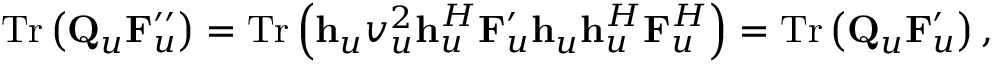
\begin{array} { r } { \mathrm { T r } \left( { \mathbf { Q } } _ { u } { \mathbf { F } } _ { u } ^ { \prime \prime } \right) = \mathrm { T r } \left( { \mathbf { h } } _ { u } v _ { u } ^ { 2 } { \mathbf { h } } _ { u } ^ { H } { \mathbf { F } } _ { u } ^ { \prime } { \mathbf { h } } _ { u } { \mathbf { h } } _ { u } ^ { H } { \mathbf { F } } _ { u } ^ { H } \right) = \mathrm { T r } \left( { \mathbf { Q } } _ { u } { \mathbf { F } } _ { u } ^ { \prime } \right) , } \end{array}